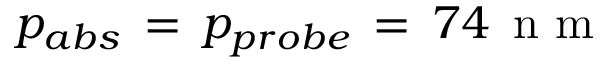
p _ { a b s } \, = \, p _ { p r o b e } \, = \, 7 4 \, \mathrm { ~ n ~ m ~ }